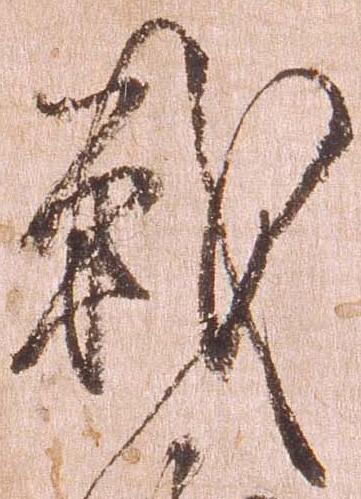
戦